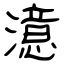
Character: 澺